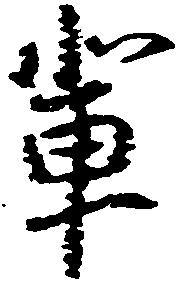
輩